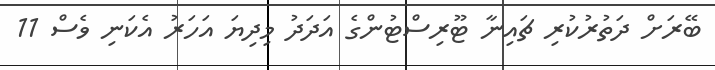
ބޭރަށް ދަތުރުކުރި ޗައިނާ ޓޫރިސްޓުންގެ އަދަދު މިދިޔަ އަހަރު އެކަނި ވެސް 11